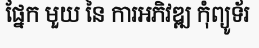
ផ្នែក មួយ នៃ ការអភិវឌ្ឍ កុំព្យូទ័រ